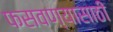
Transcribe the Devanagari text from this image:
फसवण्यासाठी